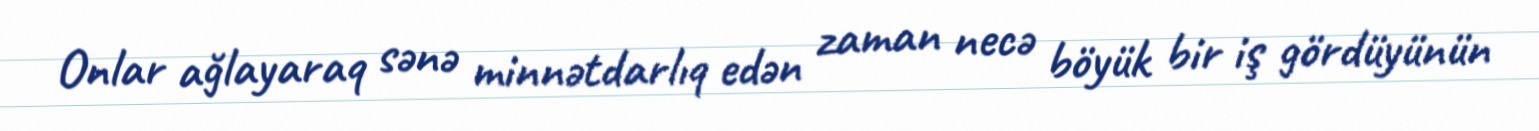
Onlar ağlayaraq sənə minnətdarlıq edən zaman necə böyük bir iş gördüyünün